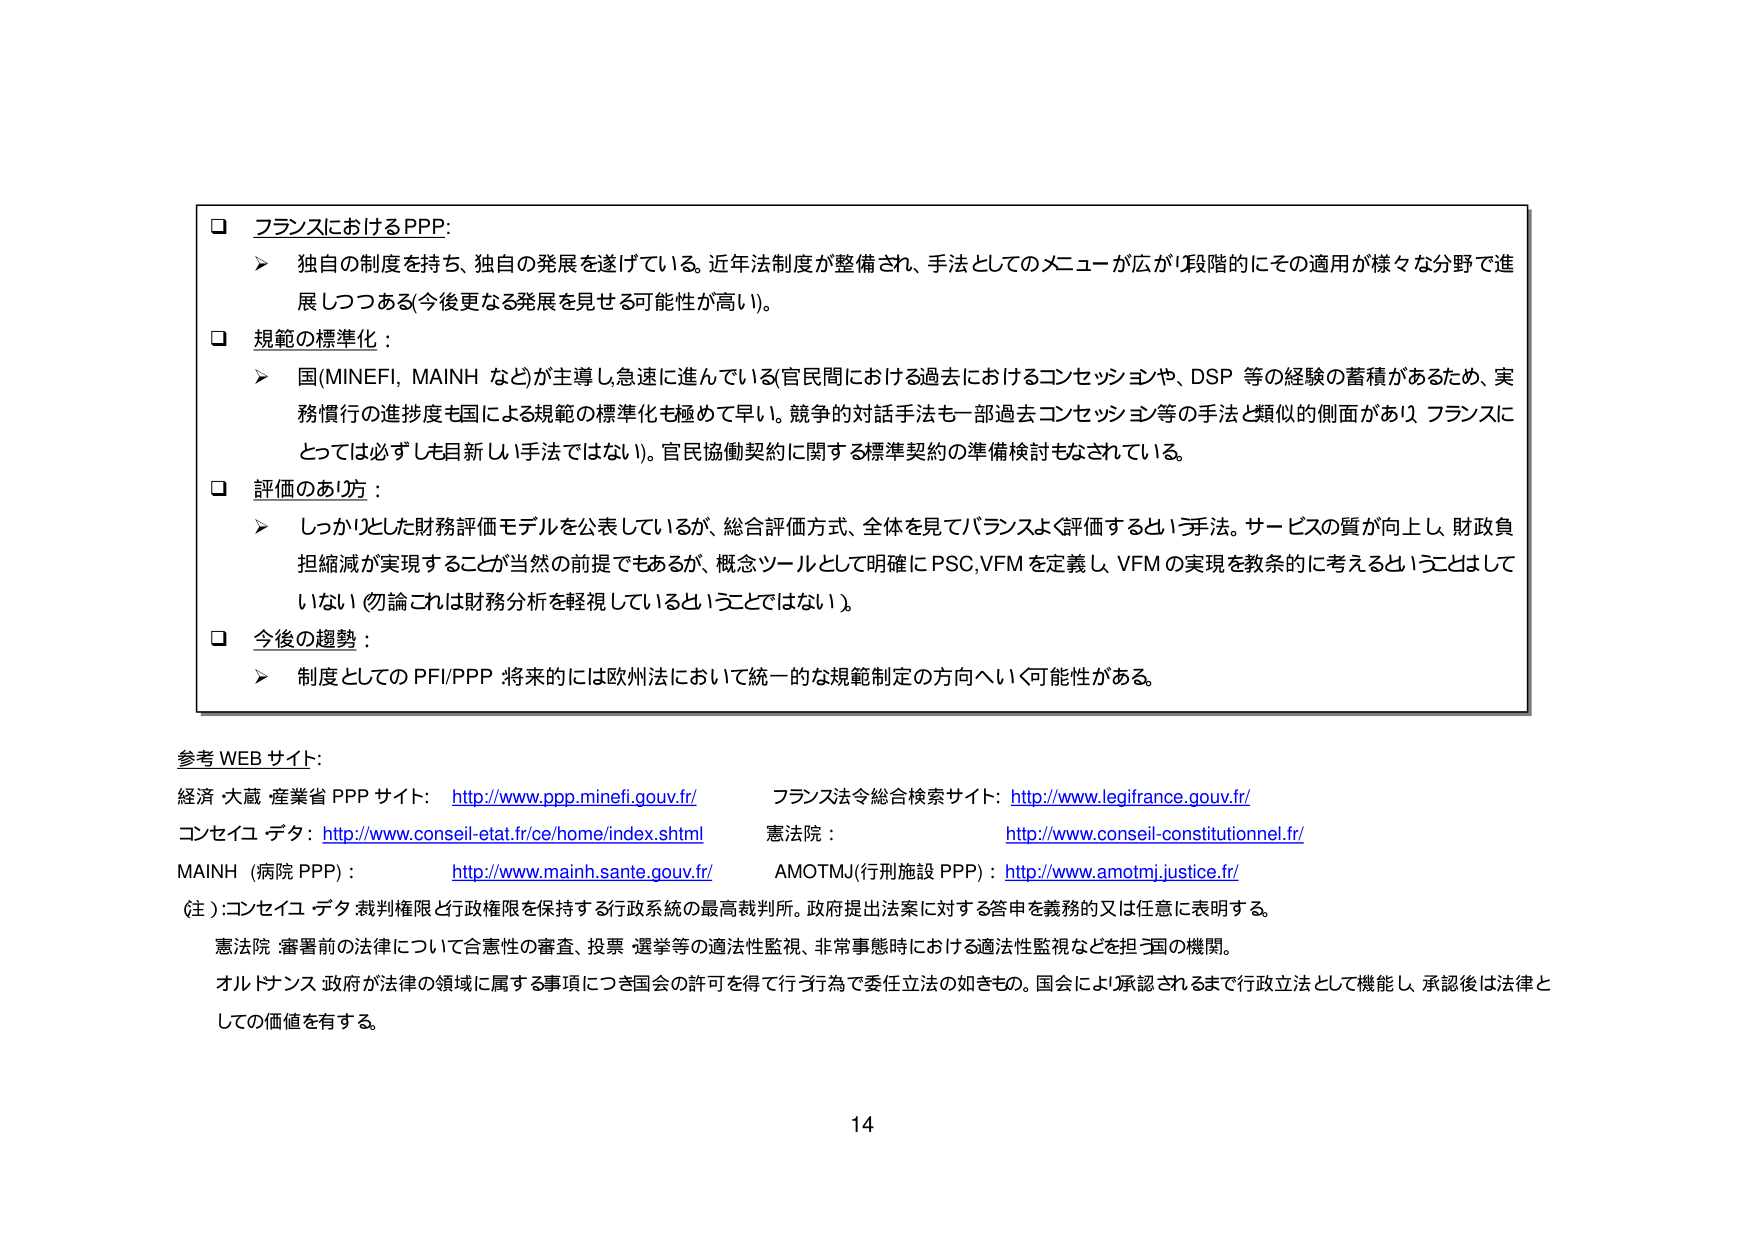
□ フランスにおけるPPP:
　➤ 独自の制度を持ち、独自の発展を遂げている。近年法制度が整備され、手法としてのメニューが広がり段階的にその適用が様々な分野で進展しつつある(今後更なる発展を見せる可能性が高い)。

□ 規範の標準化：
　➤ 国(MINEFI, MAINH などが主導し急速に進んでいる(官民間における過去におけるコンセッションや、DSP 等の経験の蓄積があるため、実務慣行の進捗度も国による規範の標準化も極めて早い。競争的対話手法も一部過去コンセッション等の手法と類似の側面があり、フランスにとっては必ずしも目新しい手法ではない)。官民協働契約に関する標準契約の準備検討もなされている。

□ 評価のあり方：
　➤ しっかりとした財務評価モデルを公表しているが、総合評価方式、全体を見てバランスよく評価するという手法。サービスの質が向上し、財政負担縮減が実現することが当然の前提でもあるが、概念ツールとして明確にPSC,VFMを定義し、VFMの実現を教条的に考えるということはしていない（勿論これは財務分析を軽視しているということではない）。

□ 今後の趨勢：
　➤ 制度としてのPFI/PPP将来的には欧州法において統一的な規範制定の方向へいく可能性がある。

参考WEBサイト：
経済・大蔵・産業省 PPPサイト： http://www.ppp.minefi.gouv.fr/
コンセイユ・デタ： http://www.conseil-etat.fr/ce/home/index.shtml
MAINH (病院PPP)： http://www.mainh.sante.gouv.fr/
フランス法令総合検索サイト： http://www.legifrance.gouv.fr/
憲法院： http://www.conseil-constitutionnel.fr/
AMOTMJ(行刑施設PPP)： http://www.amotmj.justice.fr/

(注)：コンセイユ・デタ 裁判権限と行政権限を保持する行政系統の最高裁判所。政府提出法案に対する答申を義務的又は任意に表明する。
　憲法院：審査前の法律について合憲性の審査、投票・選挙等の適法性監視、非常事態時における適法性監視などを担う国の機関。
　オルトランス：政府が法律の領域に属する事項につき国会の許可を得て行う行為で委任立法の如きもの。国会により承認されるまで行政立法として機能し、承認後は法律としての価値を有する。

14